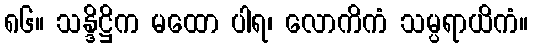
၈၆။ သန္ဒိဋ္ဌိက မထော ပါရ၊ လောကိကံ သမ္ပရာယိကံ။